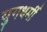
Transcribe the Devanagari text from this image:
युगधर्मी